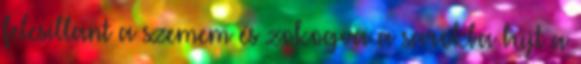
felcsillant a szemem és zokogva a sarokba bújt a